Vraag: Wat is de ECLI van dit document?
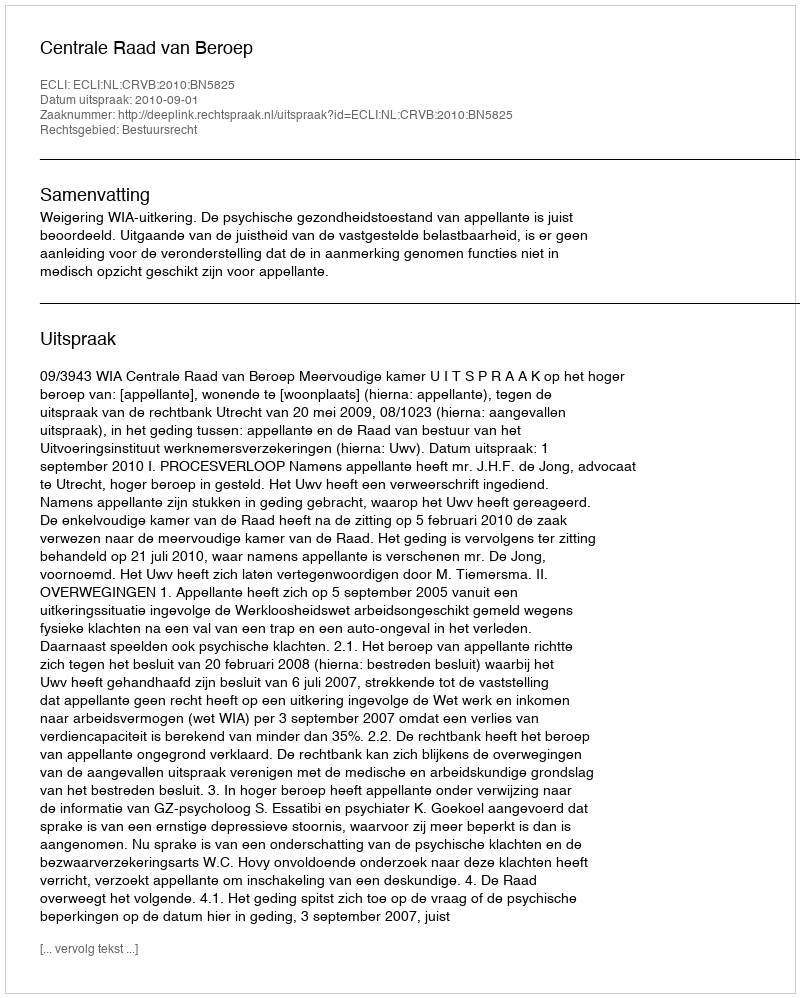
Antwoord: ECLI:NL:CRVB:2010:BN5825